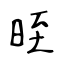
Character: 晊